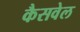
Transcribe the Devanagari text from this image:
कैसवेल